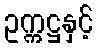
ဥက္ကဋ္ဌနှင့်